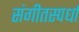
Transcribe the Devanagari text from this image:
संगीतस्पर्धा